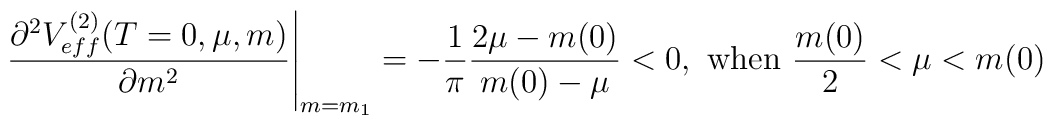
\left.\frac{\partial^2V_{eff}^{(2)}(T=0,\mu,m)}{\partial m^2}\right|_{m=m_1}=-\frac{1}{\pi}\frac{2\mu-m(0)}{m(0)-\mu}<0,\ {\rm when} \ \frac{m(0)}{2}<\mu<m(0)